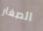
الصغار